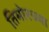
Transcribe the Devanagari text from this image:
तिमोरच्या